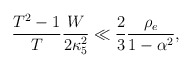
\begin{align*}\frac{T^2-1}{T}\frac{W}{2\kappa^2_5} \ll \frac{2}{3}\frac{\rho_e}{1-\alpha^2},\end{align*}